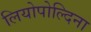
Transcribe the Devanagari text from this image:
लियोपोल्दिना